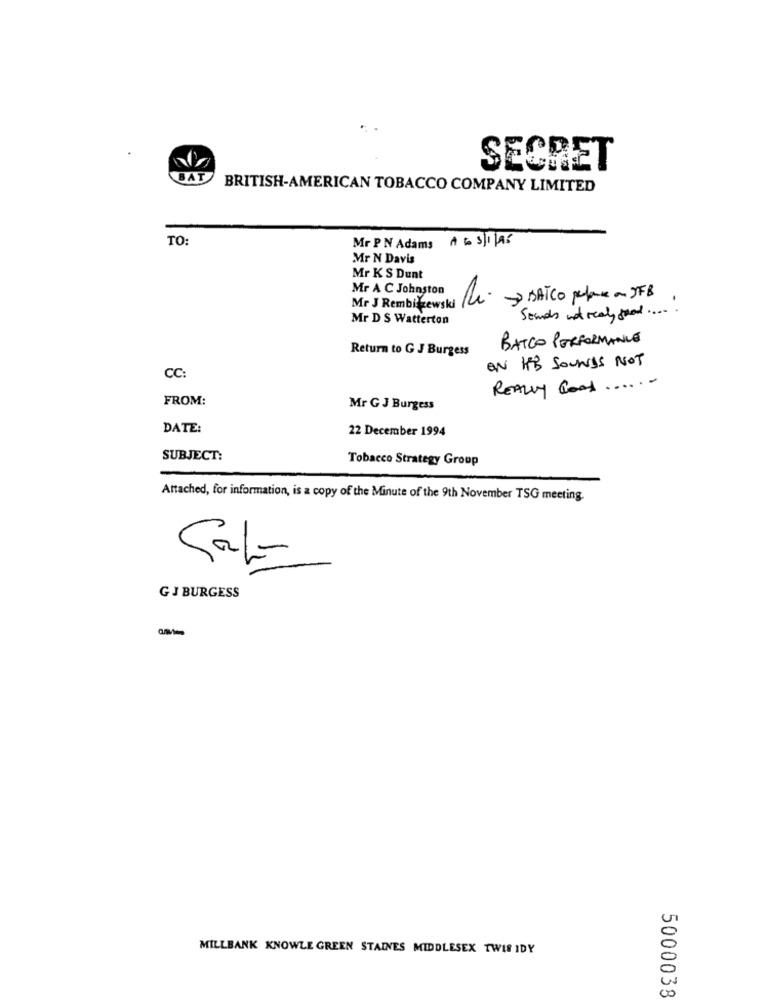
SECRET
BAT
BRITISH-AMERICAN TOBACCO COMPANY LIMITED
TO:
Mr PN Adams A 6 3/1/96
Mr N Davis
Mr K S Dunt
Mr A C Johnston
Mr J Rembiszewski RL-
>> BATCO perfare a JFB
Mr D S Watterton
Stands not realy good .....
BATCO PERFORMANCE
Return to G J Burgess
ON HB SOUNDS NOT
CC
REALLY Good ......
FROM:
Mr G J Burgess
DATE:
22 December 1994
SUBJECT:
Tobacco Strategy Group
Attached, for information, is a copy of the Minute of the 9th November TSG meeting.
G J BURGESS
U
MILLBANK KNOWLE GREEN STAINES MIDDLESEX TWIS IDY
0
5000038